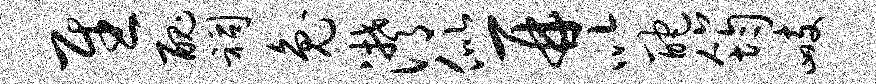
慰丑祠兔潸似再以酡筠峙